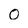
Character: O